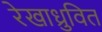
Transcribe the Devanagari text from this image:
रेखाध्रुवित